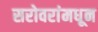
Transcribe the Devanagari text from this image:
सरोवरांमधून